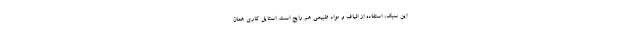
این سبک، استفاده از الیاف و مواد طبیعی هم رایج است. استایل کاری همان